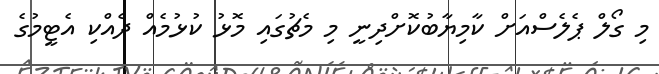
މި ގޯލް ޕެލެސްއަށް ކާމިޔާބުކޮށްދިނީ މި މެޗުގައި މޮޅު ކުޅުމެއް ދެއްކި އެޓީމުގެ